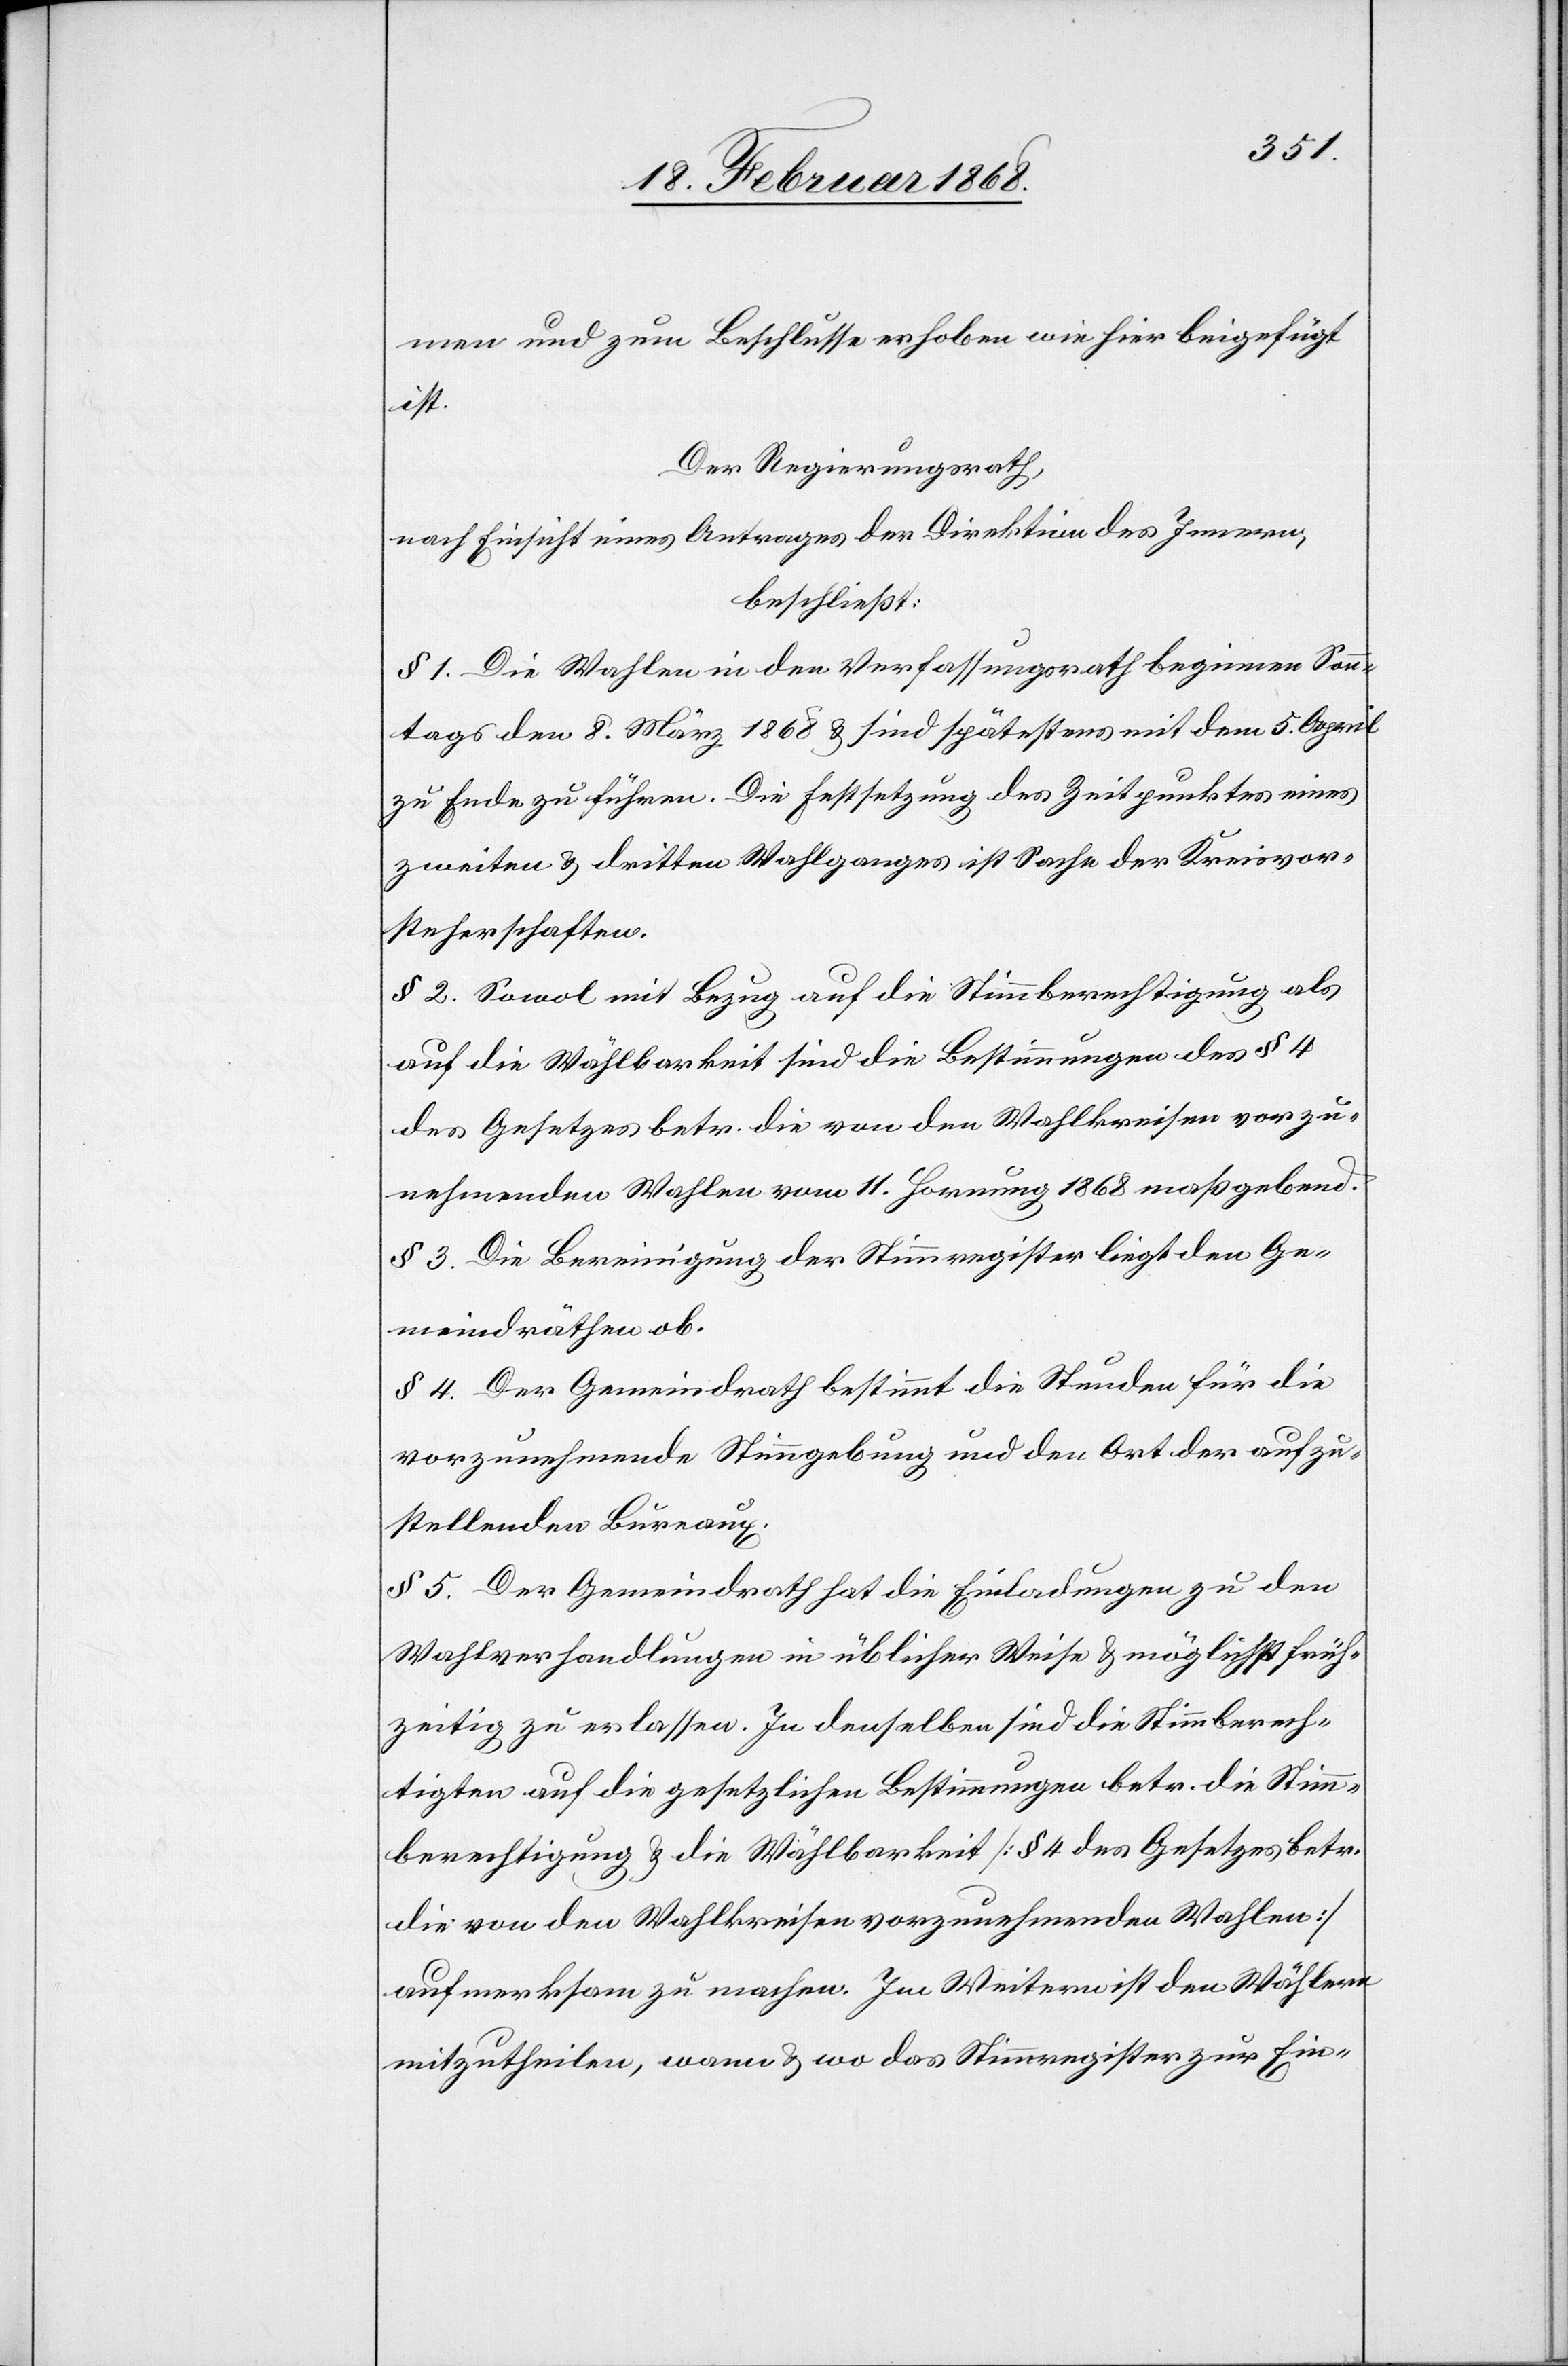
men und zum Beschlusse erhoben wie hier beigefügt
ist.
Der Regierungsrath,
nach Einsicht eines Antrages der Direktion des Innern,
beschließt:
§ 1. Die Wahlen in den Verfassungsrath beginnen Sonn¬
tags den 8. März 1868 & sind spätestens mit dem 5. April
zu Ende zu führen. Die Festsetzung des Zeitpunktes eines
zweiten & dritten Wahlganges ist Sache der Kreisvor¬
steherschaften.
§ 2. Sowol mit Bezug auf die Stimmberechtigung als
auf die Wählbarkeit sind die Bestimmungen des § 4
des Gesetzes betr. die von den Wahlkreisen vorzu¬
nehmenden Wahlen vom 11. Hornung 1868 maßgebend.
§ 3. Die Bereinigung der Stimmregister liegt den Ge¬
meindräthen ob.
§ 4. Der Gemeindrath bestimmt die Stunden für die
vorzunehmende Stimmgebung und den Ort der aufzu¬
stellenden Bureaux.
§ 5. Der Gemeindrath hat die Einladungen zu den
Wahlverhandlungen in üblicher Weise & möglichst früh¬
zeitig zu erlassen. In denselben sind die Stimmberech¬
tigten auf die gesetzlichen Bestimmungen betr. die Stimm¬
berechtigung & die Wählbarkeit [§ 4 des Gesetzes betr.
die von den Wahlkreisen vorzunehmenden Wahlen]
aufmerksam zu machen. Im Weitern ist den Wählern
mitzutheilen, wann & wo das Stimmregister zur Ein-